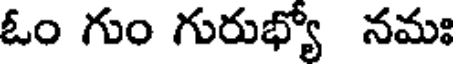
ఓం గుం గురుభ్యో నమః